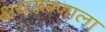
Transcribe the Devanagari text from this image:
क्षयरूग्णाला